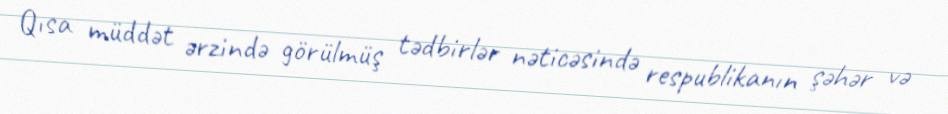
Qısa müddət ərzində görülmüş tədbirlər nəticəsində respublikanın şəhər və